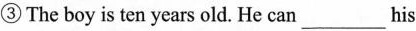
③The boy is ten years old. He can ___ his